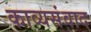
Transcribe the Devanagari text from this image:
काव्यसंवाद